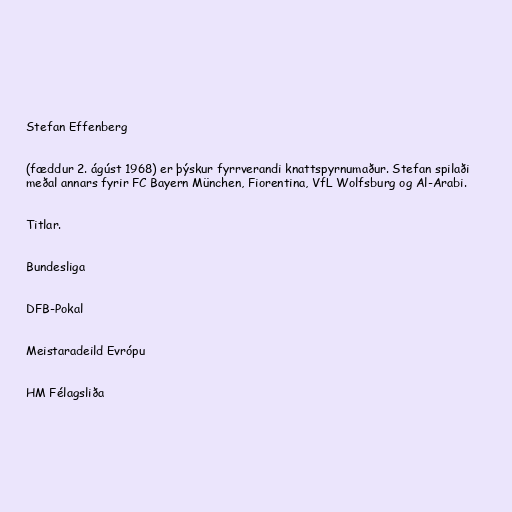
Stefan Effenberg

(fæddur 2. ágúst 1968) er þýskur fyrrverandi knattspyrnumaður. Stefan spilaði
meðal annars fyrir FC Bayern München, Fiorentina, VfL Wolfsburg og Al-Arabi.

Titlar.

Bundesliga

DFB-Pokal

Meistaradeild Evrópu

HM Félagsliða